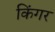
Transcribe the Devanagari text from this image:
किंगर